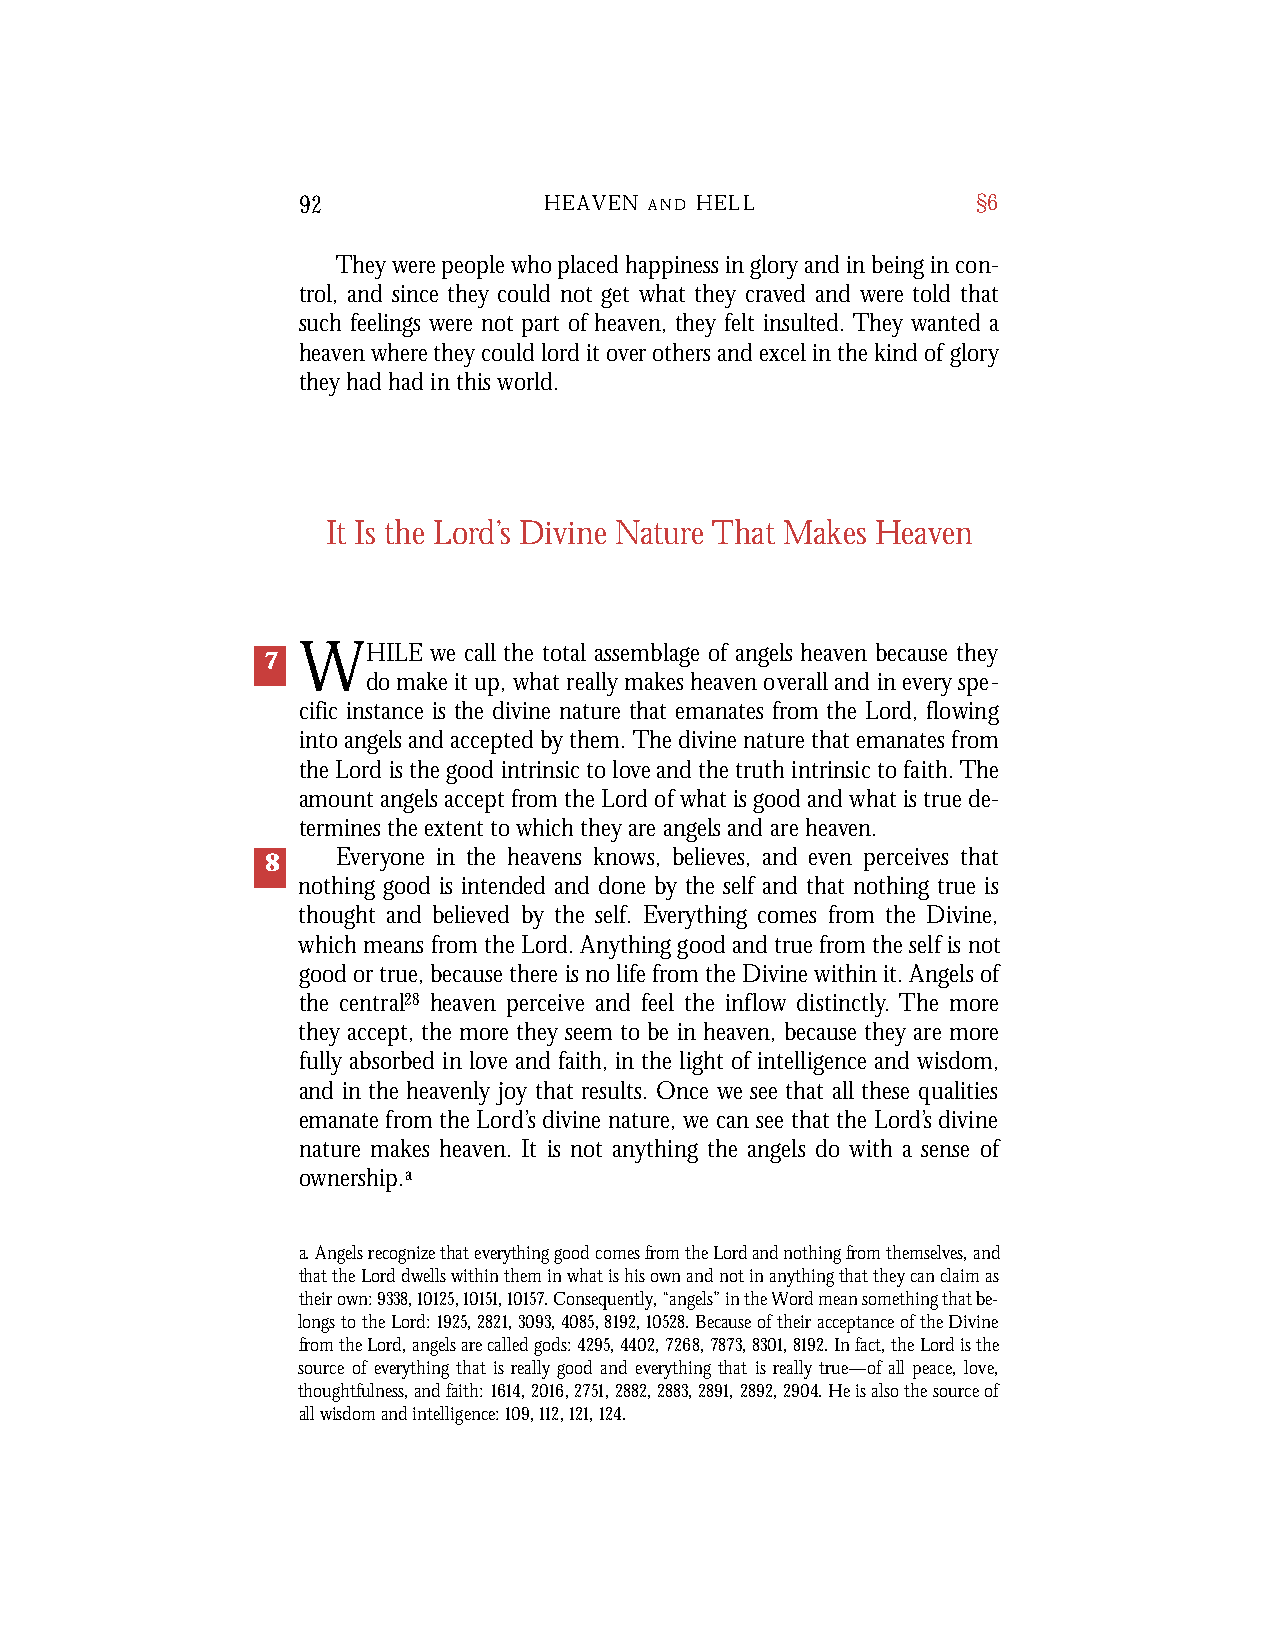
92              HEAVEN A N D H E L L         §6
 They were people who placed happiness in glory and in being in con-
 trol, and since they could not get what they craved and were told that
 such feelings were not part of heaven, they felt insulted. They wanted a
 heaven where they could lord it over others and excel in the kind of glory
 they had had in this world.
 It Is the Lord’s Divine Nature That Makes Heaven
 WHILE   we call the total assemblage of angels heaven because they
 7
 do make it up, what really makes heaven overall and in every spe-
 cific instance is the divine nature that emanates from the Lord, flowing
 into angels and accepted by them. The divine nature that emanates from
 the Lord is the good intrinsic to love and the truth intrinsic to faith. The
 amount angels accept from the Lord of what is good and what is true de-
 termines the extent to which they are angels and are heaven.
 8   Everyone in the heavens knows, believes, and even perceives that
 nothing good is intended and done by the self and that nothing true is
 thought and believed by the self. Everything comes from the Divine,
 which means from the Lord. Anything good and true from the self is not
 good or true, because there is no life from the Divine within it. Angels of
 the central28 heaven perceive and feel the inflow distinctly. The more
 they accept, the more they seem to be in heaven, because they are more
 fully absorbed in love and faith, in the light of intelligence and wisdom,
 and in the heavenly joy that results. Once we see that all these qualities
 emanate from the Lord’s divine nature, we can see that the Lord’s divine
 nature makes heaven. It is not anything the angels do with a sense of
 ownership.a
 a. Angels recognize that everything good comes from the Lord and nothing from themselves, and
 that the Lord dwells within them in what is his own and not in anything that they can claim as
 their own: 9338,10125,10151,10157. Consequently, “angels” in the Word mean something that be-
 longs to the Lord: 1925,2821,3093,4085,8192,10528. Because of their acceptance of the Divine
 from the Lord, angels are called gods: 4295,4402,7268,7873,8301,8192. In fact, the Lord is the
 source of everything that is really good and everything that is really true—of all peace, love,
 thoughtfulness, and faith: 1614,2016,2751,2882,2883,2891,2892,2904. He is also the source of
 all wisdom and intelligence: 109, 112, 121, 124.